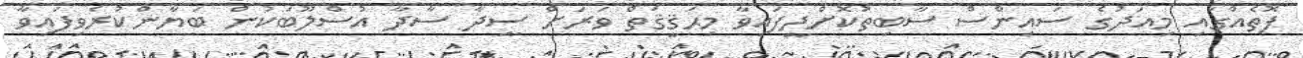
ފޮތެއްގައި މިއަދުގެ ސައިންސް ސާބިތުކޮށްދީފައިވާ މިޙަޤީޤަތް ވަރަށް ސީދާ ސާދާ އުސްލޫބަކުން ބަޔާންކުރެވިފައިވާ